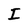
Character: I